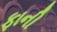
ફાની